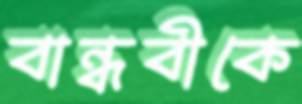
বান্ধবীকে